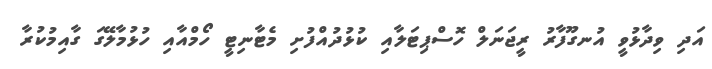
އަދި ވިދާޅުވީ އުނގޫފާރު ރީޖަނަލް ހޮސްޕިޓަލާއި ކުޅުދުއްފުށި މެޓާނިޓީ ހޯމްއާއި ހުޅުމާލޭގަ ގާއިމުކުރާ